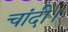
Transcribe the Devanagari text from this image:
चांदी।